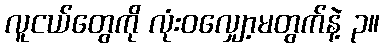
လူငယ်တွေကို လုံးဝလျှော့မတွက်နဲ့ ၃။